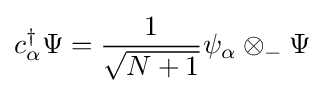
c_{\alpha }^{\dagger }\Psi ={\frac {1}{\sqrt {N+1}}}\psi _{\alpha }\otimes _{-}\Psi